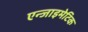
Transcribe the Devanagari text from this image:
एन्जाइमेटिक